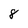
Character: 8